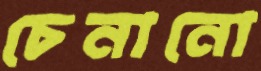
চেনানো